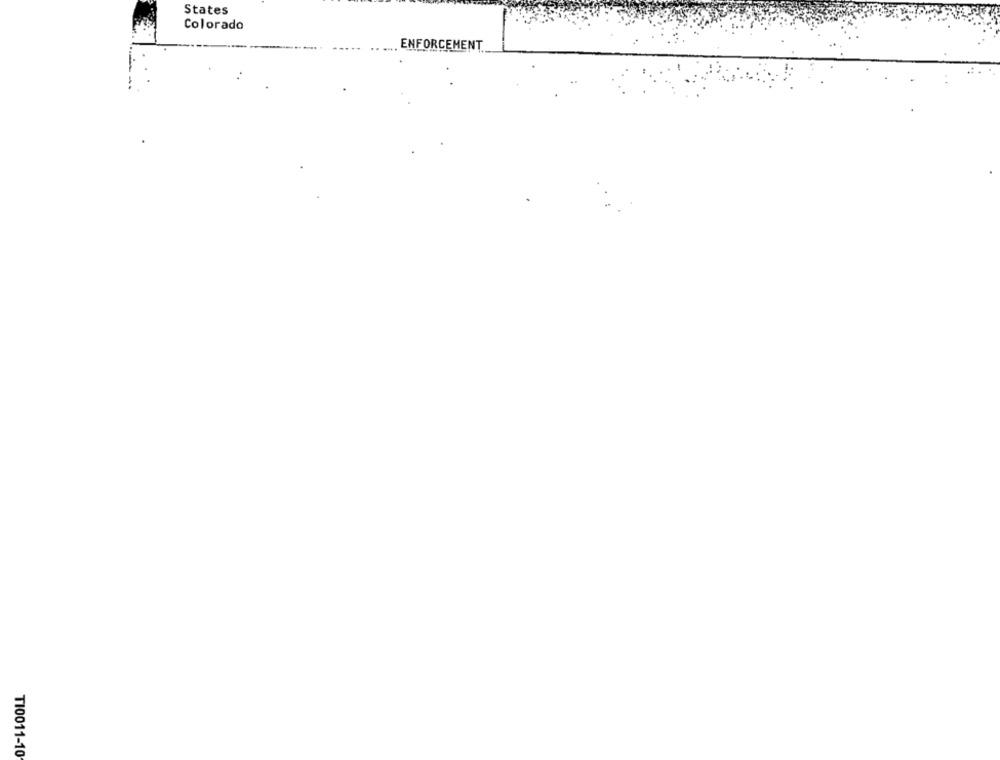
States
Colorado
ENFORCEMENT
TI0011-10